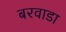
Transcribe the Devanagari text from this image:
बरवाडा